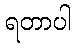
ရတာပါ